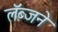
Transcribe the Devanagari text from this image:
लॅब्जने